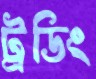
ট্রডিং